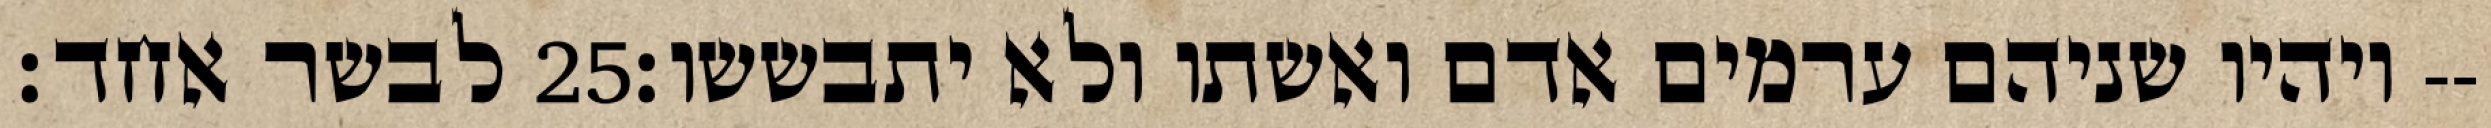
לבשר אחד׃ ‎25‏ ויהיו שניהם ערמים אדם ואשתו ולא יתבששו׃--